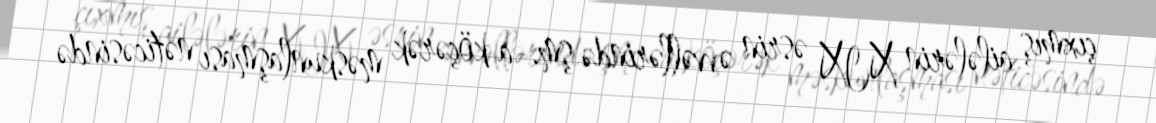
çıxmış ailələrin XIX əsrin əvvəllərində şm.-a köçərək məskunlaşması nəticəsində